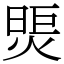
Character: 煚